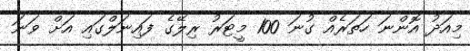
މިއަދު އޮންނަ ހަތަރެއް ގުނަ 100 މީޓަރު ރިލޭގެ ފައިނަލްގައި އަށް ވަނަ